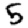
Digit: 5